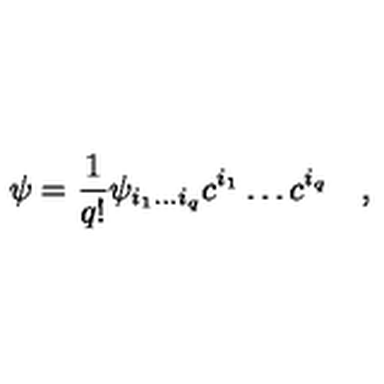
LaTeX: \psi = { \frac { 1 } { q ! } } \psi _ { i _ { 1 } \ldots i _ { q } } c ^ { i _ { 1 } } \ldots c ^ { i _ { q } } \quad ,